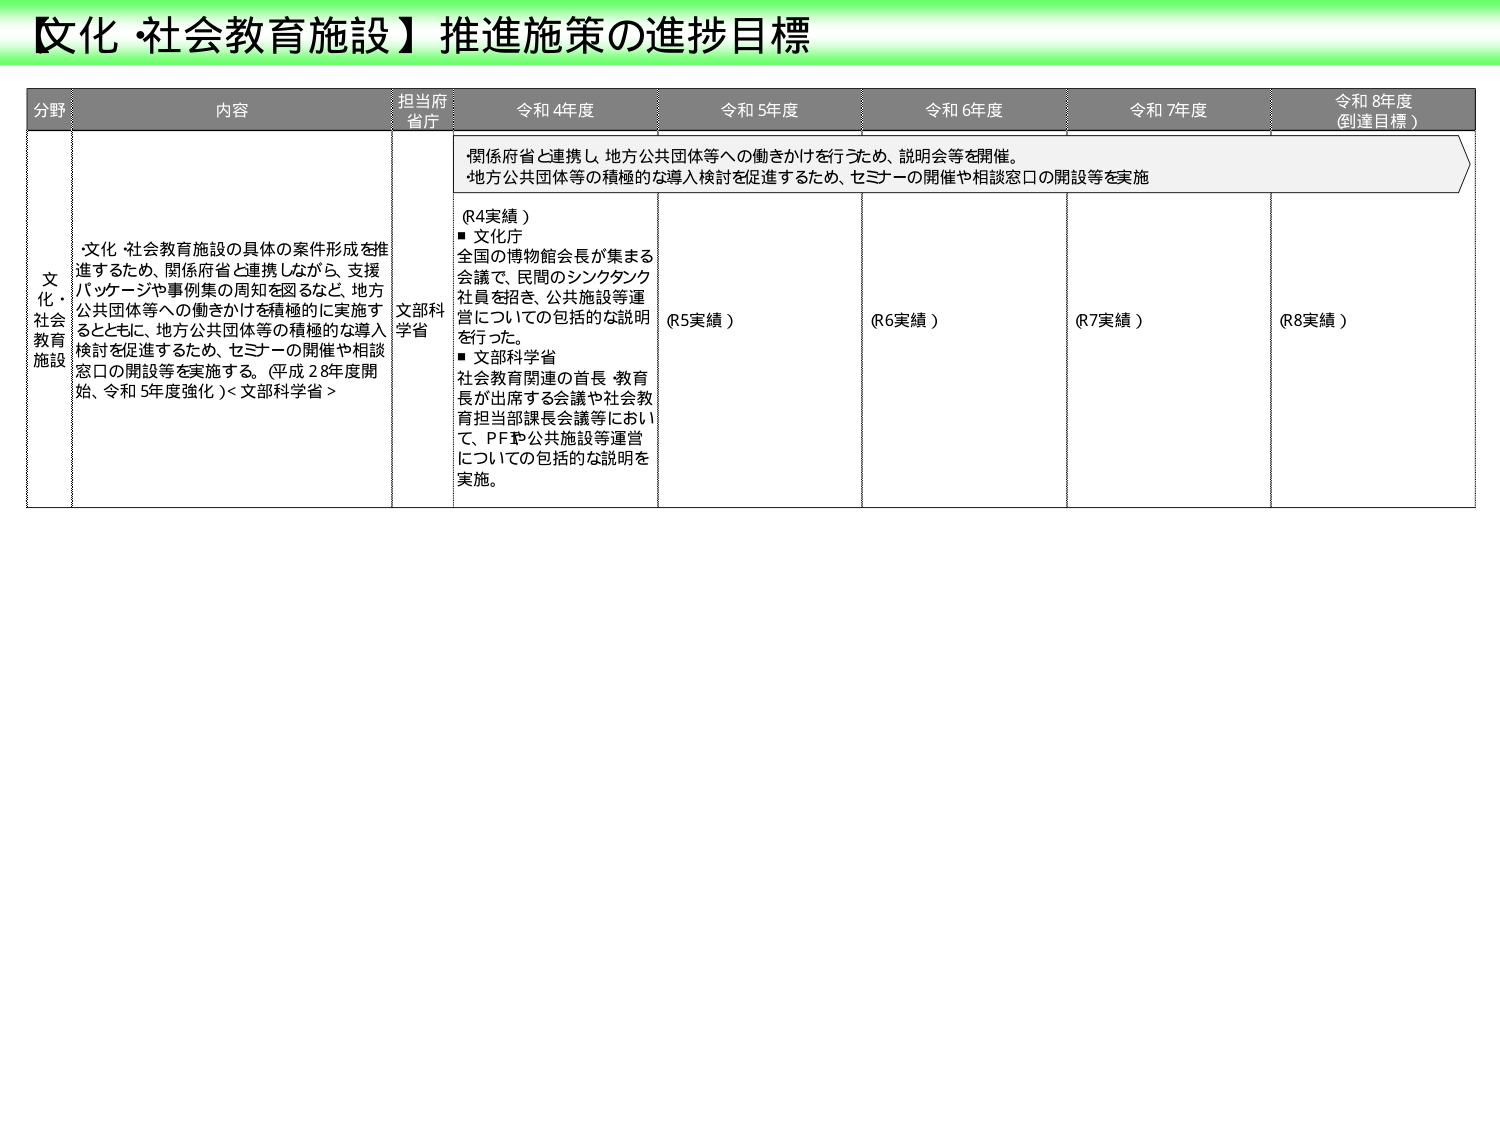
【文化・社会教育施設】推進施策の進捗目標

分野 内容 担当府省 令和4年度 令和5年度 令和6年度 令和7年度 令和8年度（到達目標）

文化・社会教育施設
・文化・社会教育施設の具体の案件形成を推進するため、関係府省と連携しながら、支援パッケージや事例集の周知を図るなど、地方公共団体等への働きかけを積極的に実施するとともに、地方公共団体等の積極的な導入検討を促進するため、セミナーの開催や相談窓口の開設等を実施する。（平成28年度開始、令和5年度強化）＜文部科学省＞

文部科学省

関係府省と連携し、地方公共団体等への働きかけを行うため、説明会等を開催。地方公共団体等の積極的な導入検討を促進するため、セミナーの開催や相談窓口の開設等を実施

（R4実績）
■ 文化庁
全国の博物館会長が集まる会議で、民間のシンクタンク社員を招き、公共施設等運営についての包括的な説明を行った。
■ 文部科学省
社会教育関連の首長・教育長が出席する会議や社会教育担当部課長会議等において、PFや公共施設等運営についての包括的な説明を実施。

（R5実績）
（R6実績）
（R7実績）
（R8実績）